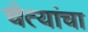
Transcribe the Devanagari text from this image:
चैत्यांचा